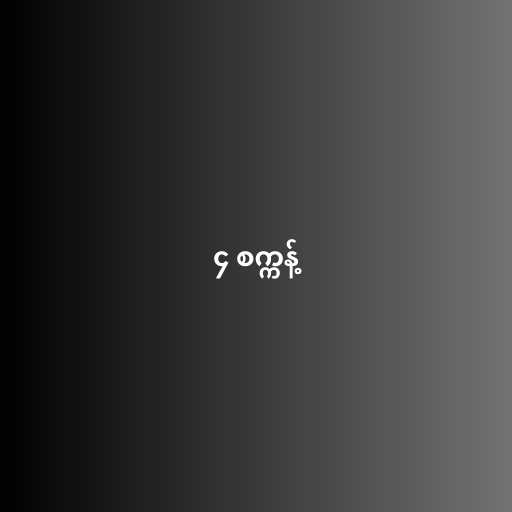
၄ စက္ကန့်